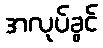
အလုပ်ခွင်